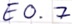
Text: E0.7